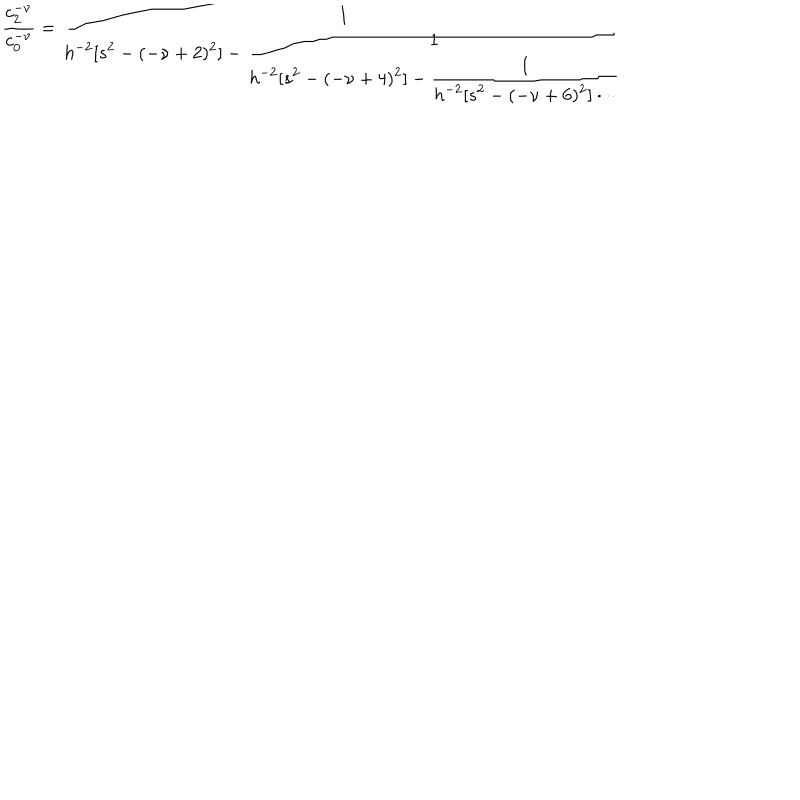
\frac { c _ { 2 } ^ { - \nu } } { c _ { 0 } ^ { - \nu } } = \frac { 1 } { \displaystyle h ^ { - 2 } [ s ^ { 2 } - ( - \nu + 2 ) ^ { 2 } ] - \frac { 1 } { \displaystyle h ^ { - 2 } [ s ^ { 2 } - ( - \nu + 4 ) ^ { 2 } ] - \frac { 1 } { \displaystyle h ^ { - 2 } [ s ^ { 2 } - ( - \nu + 6 ) ^ { 2 } ] \cdot \cdot \cdot } } }